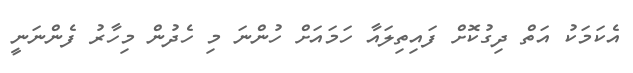
އެކަމަކު އަތް ދިގުކޮށް ފައިތިލައާ ހަމައަށް ހުންނަ މި ހެދުން މިހާރު ފެންނަނީ